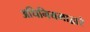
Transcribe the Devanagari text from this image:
अधिनियमाद्वारे